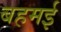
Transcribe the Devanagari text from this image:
बहमई